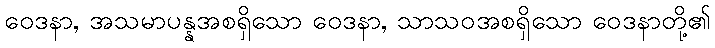
ဝေဒနာ, အသမာပန္နအစရှိသော ဝေဒနာ, သာသဝအစရှိသော ဝေဒနာတို့၏